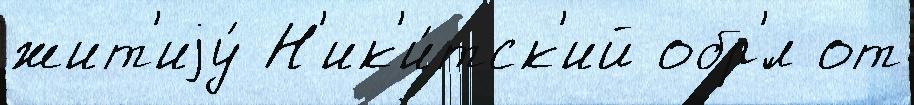
жит'иjу́ Н'ик'и́тск'ий обр'́л от